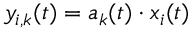
y _ { i , k } ( t ) = a _ { k } ( t ) \cdot x _ { i } ( t )